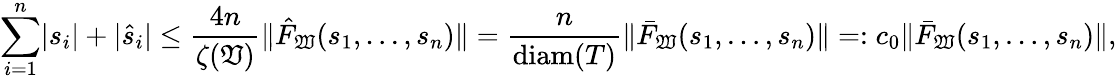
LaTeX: \sum_{i=1}^{n}\lvert s_{i}\rvert+\lvert\hat{s}_{i}\rvert\leq\frac{4n}{\zeta(\mathfrak{V})}\lVert\hat{F}_{\mathfrak{W}}(s_{1},\ldots,s_{n})\rVert=\frac{n}{\mathrm{diam}(T)}\lVert\bar{F}_{\mathfrak{W}}(s_{1},\ldots,s_{n})\rVert=:c_{0}\lVert\bar{F}_{\mathfrak{W}}(s_{1},\ldots,s_{n})\rVert,